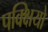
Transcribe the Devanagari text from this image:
पक्क्षियो